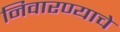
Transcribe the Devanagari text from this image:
निवारण्याचे